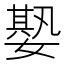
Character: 𡠧